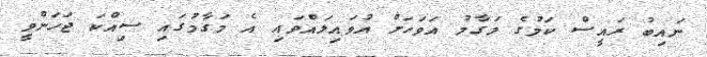
ނައިބު ރައީސް ކަމުގެ މަގާމު އަވަހަށް އުވައިލައްވައި އެ މަގާމުގައި ސިއްކަ ޖަހަންވީ